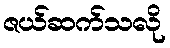
ဇယ်ဆက်သလို